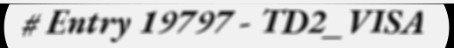
# Entry 19797 - TD2_VISA